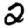
Digit: 2